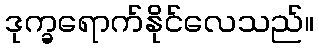
ဒုက္ခရောက်နိုင်လေသည်။